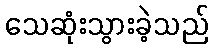
သေဆုံးသွားခဲ့သည်